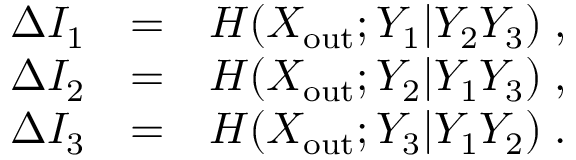
\begin{array} { r l r } { \Delta I _ { 1 } } & { = } & { H ( X _ { \mathrm { o u t } } ; Y _ { 1 } | Y _ { 2 } Y _ { 3 } ) \; , } \\ { \Delta I _ { 2 } } & { = } & { H ( X _ { \mathrm { o u t } } ; Y _ { 2 } | Y _ { 1 } Y _ { 3 } ) \; , } \\ { \Delta I _ { 3 } } & { = } & { H ( X _ { \mathrm { o u t } } ; Y _ { 3 } | Y _ { 1 } Y _ { 2 } ) \; . } \end{array}